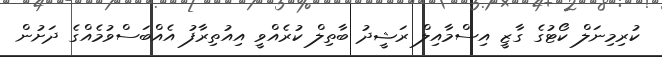
ކުރިމިނަލް ކޯޓުގެ ގާޒީ އިސްމާއިލް ރަޝީދު ބާތިލް ކުރެއްވީ އިއުތިރާފު އެއްބަސްވުމެއްގެ ދަށުން